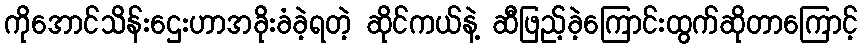
ကိုအောင်သိန်းဌေးဟာအခိုးခံခဲ့ရတဲ့ ဆိုင်ကယ်နဲ့ ဆီဖြည့်ခဲ့ကြောင်းထွက်ဆိုတာကြောင့်